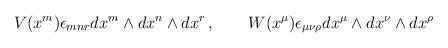
LaTeX: \begin{align*}V(x^m) \epsilon_{mnr} dx^m \wedge dx^n \wedge dx^r \, , \qquad W(x^{\mu}) \epsilon_{\mu\nu\rho} dx^{\mu} \wedge dx^{\nu} \wedge dx^{\rho}\end{align*}